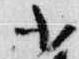
小